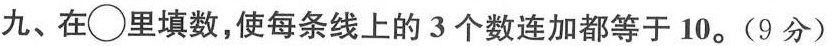
九、在○里填数，使每条线上的3个数连加都等于10。(9分)